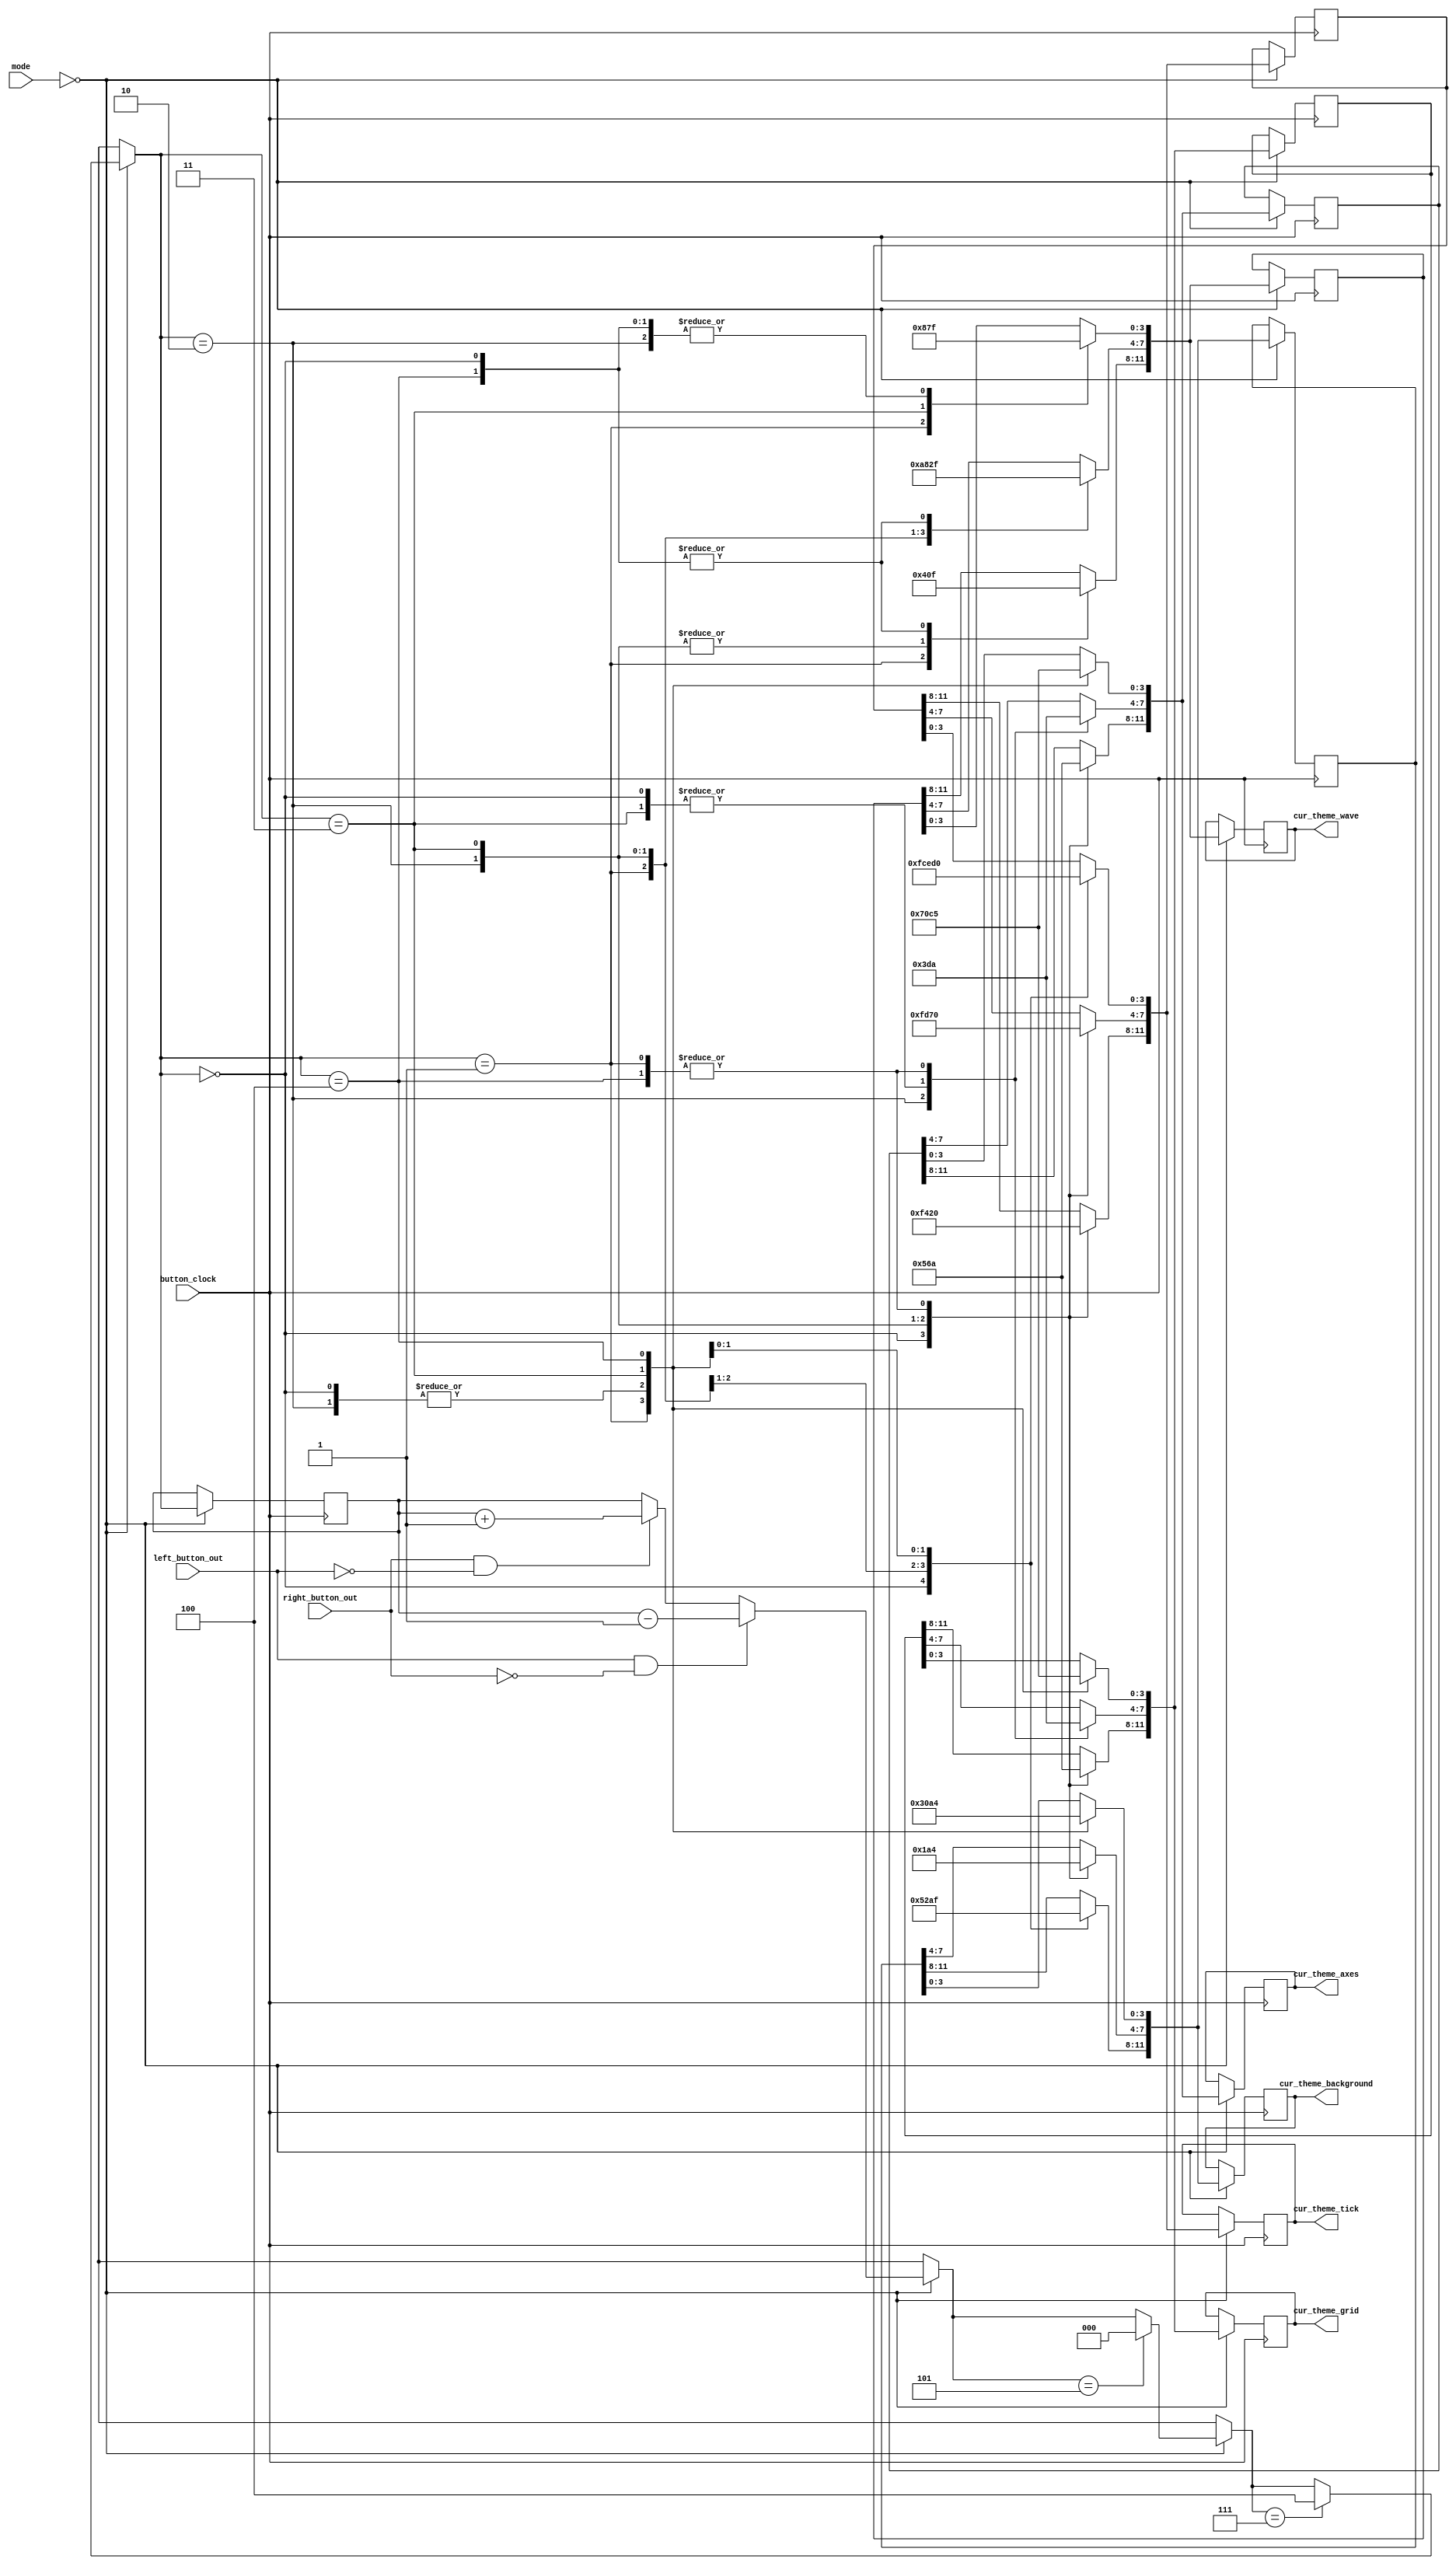
`timescale 1ns / 1ps
//////////////////////////////////////////////////////////////////////////////////
// Company: 
// Engineer: 
// 
// Design Name: 
// Module Name: theme_selector
// Project Name: 
// Target Devices: 
// Tool Versions: 
// Description: 
// 
// Dependencies: 
// 
// Revision:
// Revision 0.01 - File Created
// Additional Comments:
// 
//////////////////////////////////////////////////////////////////////////////////


module theme_selector(
        input button_clock,
        input left_button_out,
        input right_button_out,
        // Registers below contain the concatenated data of the colour for each feature.
        output reg [11:0] cur_theme_wave,
        output reg [11:0] cur_theme_axes,
        output reg [11:0] cur_theme_grid,
        output reg [11:0] cur_theme_tick,
        output reg [11:0] cur_theme_background,
        input [1:0] mode
    );
    
    // reg array used to temporarily store colours.
    reg [11:0] cur_theme[0:4];
    // Counter below used to cycle through the different themes.
    reg [2:0] theme_counter = 0; // This value goes from 0 to a max of 4.
    
    always @ (posedge button_clock) begin
        if (mode == 0) begin
            if (left_button_out == 1 && right_button_out == 0) begin
                theme_counter = theme_counter - 1;
            end
            else if (right_button_out == 1 && left_button_out == 0) begin
                theme_counter = theme_counter + 1;
            end
            
            // Conditional to handle unwanted overflow, since we are only using
            // 5 integers out of the available 8 integers in 3 bits.
            if (theme_counter == 5) theme_counter = 0;
            if (theme_counter == 7) theme_counter = 4;
            
            // Switch statement below assigns colours to corresponding bits in the
            //  cur_theme array.
            case (theme_counter)
                0: begin //Default
                    // Wave
                    cur_theme[0][3:0] = 4'hf;
                    cur_theme[0][7:4] = 4'hf;
                    cur_theme[0][11:8] = 4'hf;
                    // Axes
                    cur_theme[1][3:0] = 4'h0;
                    cur_theme[1][7:4] = 4'hD;
                    cur_theme[1][11:8] = 4'h0;
                    // Grid
                    cur_theme[2][3:0] = 4'h0;
                    cur_theme[2][7:4] = 4'hd;
                    cur_theme[2][11:8] = 4'h0;
                    // Tick
                    cur_theme[3][3:0] = 4'hf;
                    cur_theme[3][7:4] = 4'hf;
                    cur_theme[3][11:8] = 4'hf;
                    //Background
                    cur_theme[4][3:0] = 4'h0;
                    cur_theme[4][7:4] = 4'h0;
                    cur_theme[4][11:8] = 4'h0;
                end
                1: begin //Playful greens and blues
                    // Wave
                    cur_theme[0][3:0] = 4'h8;
                    cur_theme[0][7:4] = 4'ha;
                    cur_theme[0][11:8] = 4'h4;
                    // Axes
                    cur_theme[1][3:0] = 4'h7;
                    cur_theme[1][7:4] = 4'ha;
                    cur_theme[1][11:8] = 4'ha;
                    // Grid
                    cur_theme[2][3:0] = 4'h7;
                    cur_theme[2][7:4] = 4'ha;
                    cur_theme[2][11:8] = 4'ha;
                    // Tick
                    cur_theme[3][3:0] = 4'hc;
                    cur_theme[3][7:4] = 4'h0;
                    cur_theme[3][11:8] = 4'h0;
                    //Background
                    cur_theme[4][3:0] = 4'h3;
                    cur_theme[4][7:4] = 4'h4;
                    cur_theme[4][11:8] = 4'h5;
                end
                2: begin //Day and Night
                    // Wave
                    cur_theme[0][3:0] = 4'hf;
                    cur_theme[0][7:4] = 4'h8;
                    cur_theme[0][11:8] = 4'h0;
                    // Axes
                    cur_theme[1][3:0] = 4'h0;
                    cur_theme[1][7:4] = 4'h3;
                    cur_theme[1][11:8] = 4'h5;
                    // Grid
                    cur_theme[2][3:0] = 4'h0;
                    cur_theme[2][7:4] = 4'h3;
                    cur_theme[2][11:8] = 4'h5;
                    // Tick
                    cur_theme[3][3:0] = 4'he;
                    cur_theme[3][7:4] = 4'hd;
                    cur_theme[3][11:8] = 4'h4;
                    //Background
                    cur_theme[4][3:0] = 4'h0;
                    cur_theme[4][7:4] = 4'h1;
                    cur_theme[4][11:8] = 4'h2;
                end
                3: begin //Modern and crisp
                    // Wave
                    cur_theme[0][3:0] = 4'h7;
                    cur_theme[0][7:4] = 4'h2;
                    cur_theme[0][11:8] = 4'h0;
                    // Axes
                    cur_theme[1][3:0] = 4'hc;
                    cur_theme[1][7:4] = 4'hd;
                    cur_theme[1][11:8] = 4'h6;
                    // Grid
                    cur_theme[2][3:0] = 4'hc;
                    cur_theme[2][7:4] = 4'hd;
                    cur_theme[2][11:8] = 4'h6;
                    // Tick
                    cur_theme[3][3:0] = 4'hd;
                    cur_theme[3][7:4] = 4'h7;
                    cur_theme[3][11:8] = 4'h2;
                    //Background
                    cur_theme[4][3:0] = 4'ha;
                    cur_theme[4][7:4] = 4'ha;
                    cur_theme[4][11:8] = 4'ha;
                end
                4: begin //Fun and tropical
                    // Wave
                    cur_theme[0][3:0] = 4'hf;
                    cur_theme[0][7:4] = 4'hf;
                    cur_theme[0][11:8] = 4'hf;
                    // Axes
                    cur_theme[1][3:0] = 4'h5;
                    cur_theme[1][7:4] = 4'ha;
                    cur_theme[1][11:8] = 4'ha;
                    // Grid
                    cur_theme[2][3:0] = 4'h5;
                    cur_theme[2][7:4] = 4'ha;
                    cur_theme[2][11:8] = 4'ha;
                    // Tick
                    cur_theme[3][3:0] = 4'h0;
                    cur_theme[3][7:4] = 4'h0;
                    cur_theme[3][11:8] = 4'h0;
                    //Background
                    cur_theme[4][3:0] = 4'h4;
                    cur_theme[4][7:4] = 4'h4;
                    cur_theme[4][11:8] = 4'hf;
                end
            endcase
            
            // Each component is then set to the appropriate element in the
            // cur_theme array.
            cur_theme_wave = cur_theme[0];
            cur_theme_axes = cur_theme[1];
            cur_theme_grid = cur_theme[2];
            cur_theme_tick = cur_theme[3];
            cur_theme_background = cur_theme[4];
        end
    end     
endmodule